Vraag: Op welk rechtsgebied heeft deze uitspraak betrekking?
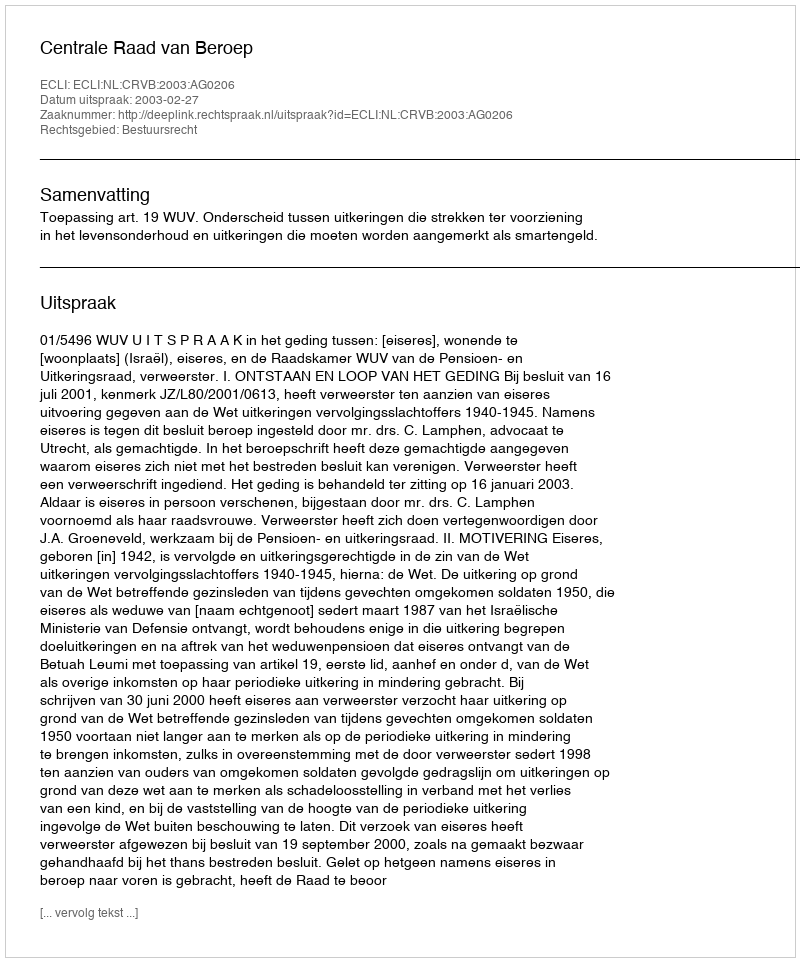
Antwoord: Bestuursrecht